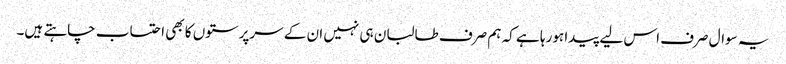
یہ سوال صرف اس لیے پیدا ہورہا ہے کہ ہم صرف طالبان ہی نہیں ان کے سرپرستوں کا بھی احتساب چاہتے ہیں۔